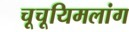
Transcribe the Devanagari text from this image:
चूचूयिमलांग